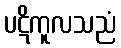
ပဋိကူလသညံ